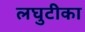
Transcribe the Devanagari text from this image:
लघुटीका